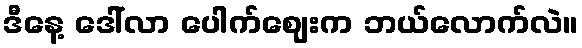
ဒီနေ့ ဒေါ်လာ ပေါက်ဈေးက ဘယ်လောက်လဲ။